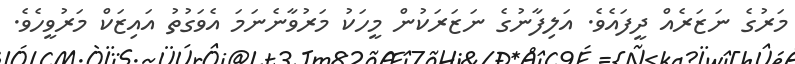
މަރުގެ ނަޒަރެއް ދީފައެވެ. އަލިފާނުގެ ނަޒަރަކުން މީހަކު މަރުވާނެނަމަ އެވަގުތު އައިޒަކް މަރުވީހެވެ.